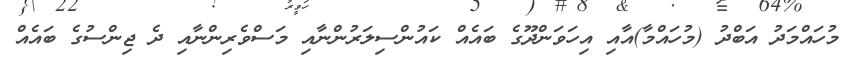
މުހައްމަދު އަބްދު (މުހައްމާ)އާއި އިހަވަންދޫގެ ބައެއް ކައުންސިލަރުންނާއި މަސްވެރިންނާއި ދެ ޖިންސުގެ ބައެއް